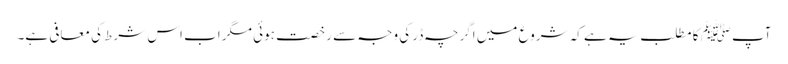
آپﷺ کا مطلب یہ ہے کہ شروع میں اگرچہ ڈر کی وجہ سے رخصت ہوئی مگر اب اس شرط کی معافی ہے۔